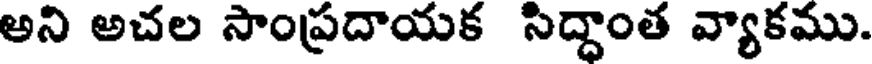
అని అచల సాంప్రదాయక సిద్దాంత వ్యాకము.